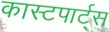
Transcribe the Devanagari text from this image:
कास्टपार्ट्स